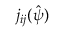
j _ { i j } ( \boldsymbol { \hat { \boldsymbol { \psi } } } )